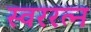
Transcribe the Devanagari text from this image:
स्वररत्न